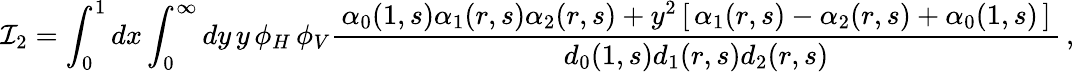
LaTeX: {\cal I}_{2}=\int_{0}^{1}dx\int_{0}^{\infty}dy\, y\, \phi_{H}\, \phi_{V}\frac{\, \alpha_{0}(1,s)\alpha_{1}(r,s)\alpha_{2}(r,s)+y^{2}\left[\, \alpha_{1}(r,s)-\alpha_{2}(r,s)+\alpha_{0}(1,s)\, \right]\, }{d_{0}(1,s)d_{1}(r,s)d_{2}(r,s)}\, ,